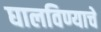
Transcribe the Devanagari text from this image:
घालविण्याचे